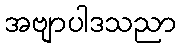
အဗျာပါဒသညာ